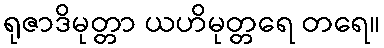
ရုဇာဒိမုတ္တာ ယဟိမုတ္တရေ တရေ။